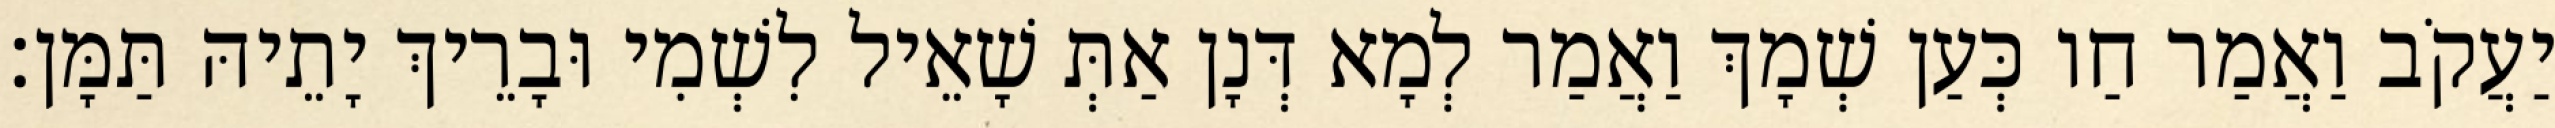
יַעֲקֹב וַאֲמַר חַו כְּעַן שְׁמָךְ וַאֲמַר לְמָא דְּנָן אַתְּ שָׁאֵיל לִשְׁמִי וּבָרֵיךְ יָתֵיהּ תַּמָּן׃